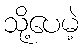
သို့ပေမဲ့